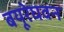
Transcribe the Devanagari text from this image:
बयूरेघवन